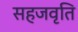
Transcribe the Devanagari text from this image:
सहजवृति